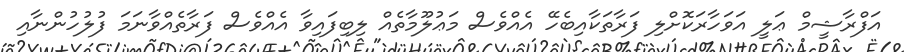
އަފްރާޝީމް ޢަލީ އަވަހާރަކޮށްލި ފަރާތަކާއިބެހޭ އެއްވެސް މަޢުލޫމާތެއް ލިބިފައިވާ އެއްވެސް ފަރާތެއްވާނަމަ ފުލުހުންނާއި